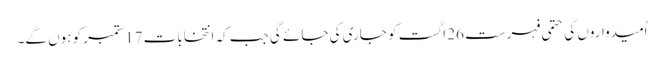
اُمیدواروں کی حتمی فہرست 26 اگست کو جاری کی جائے گی جب کہ انتخابات 17 ستمبر کو ہوں گے۔